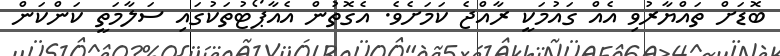
ބޮޑަށް ތައްޔާރުވި އެއް ގައުމަކީ ރާއްޖެ ކަމަށެވެ. އެގޮތުން އެއާޕޯޓުތަކުގައި ސަލާމަތީ ކަންކަން